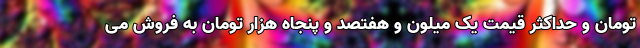
تومان و حداکثر قیمت یک میلون و هفتصد و پنجاه هزار تومان به فروش می